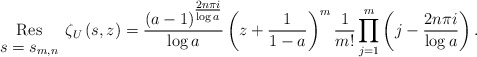
\begin{align*}\underset{\begin{array}{c}s=s_{m,n}\end{array}}{\mathrm{Res}}\zeta _{U}\left( s,z\right)= \frac{(a-1)^{\tfrac{2n\pi i}{\log a}}}{\log a}\left(z+\frac{1}{1-a}\right)^m\frac{1}{m!}\prod_{j=1}^{m}\left(j-\frac{2n\pi i}{\log a}\right).\end{align*}